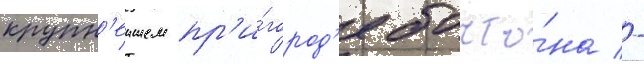
крупн'еишем пр'и́город'е босто́на -